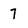
Character: 7